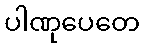
ပါဏုပေတေ